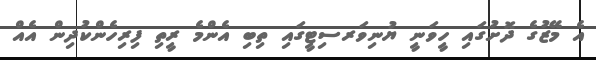
އެ މޭޒުގެ ދޮށުގައި ހީވަނީ ޔުނިވަރސިޓީގައި ތިބި އެންމެ ރީތި ފިރިހެންކުދިން އެއް